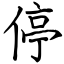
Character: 停